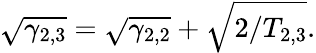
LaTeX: \sqrt{\gamma_{2,3}}=\sqrt{\gamma_{2,2}}+\sqrt{2/T_{2,3}}.